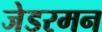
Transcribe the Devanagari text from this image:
जेडरमन